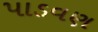
પાડવણ